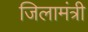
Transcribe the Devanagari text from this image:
जिलामंत्री